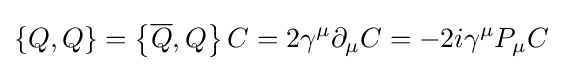
\left\{Q,Q\right\}=\left\{{\overline {Q}},Q\right\}C=2\gamma ^{\mu }\partial _{\mu }C=-2i\gamma ^{\mu }P_{\mu }C